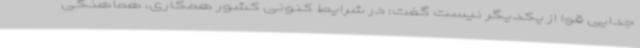
جدایی قوا از یکدیگر نیست گفت: در شرایط کنونی کشور همکاری، هماهنگی